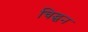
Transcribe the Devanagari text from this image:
चिद्घन